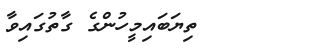
ތިޔަބައިމީހުންގެ ގާތުގައިވާ